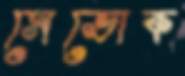
সেভোক